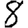
Digit: 8